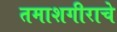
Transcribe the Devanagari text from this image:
तमाशगीराचे